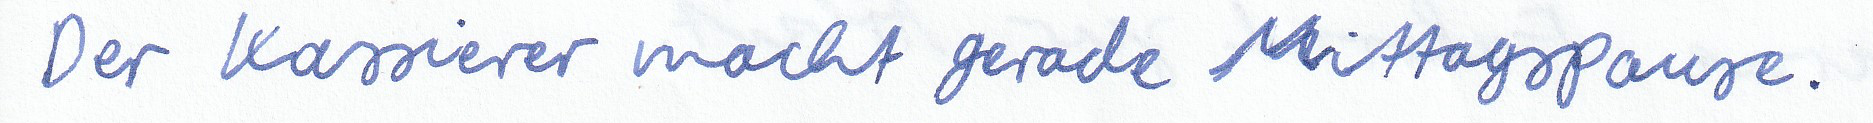
Der Kassierer macht gerade Mittagspause.